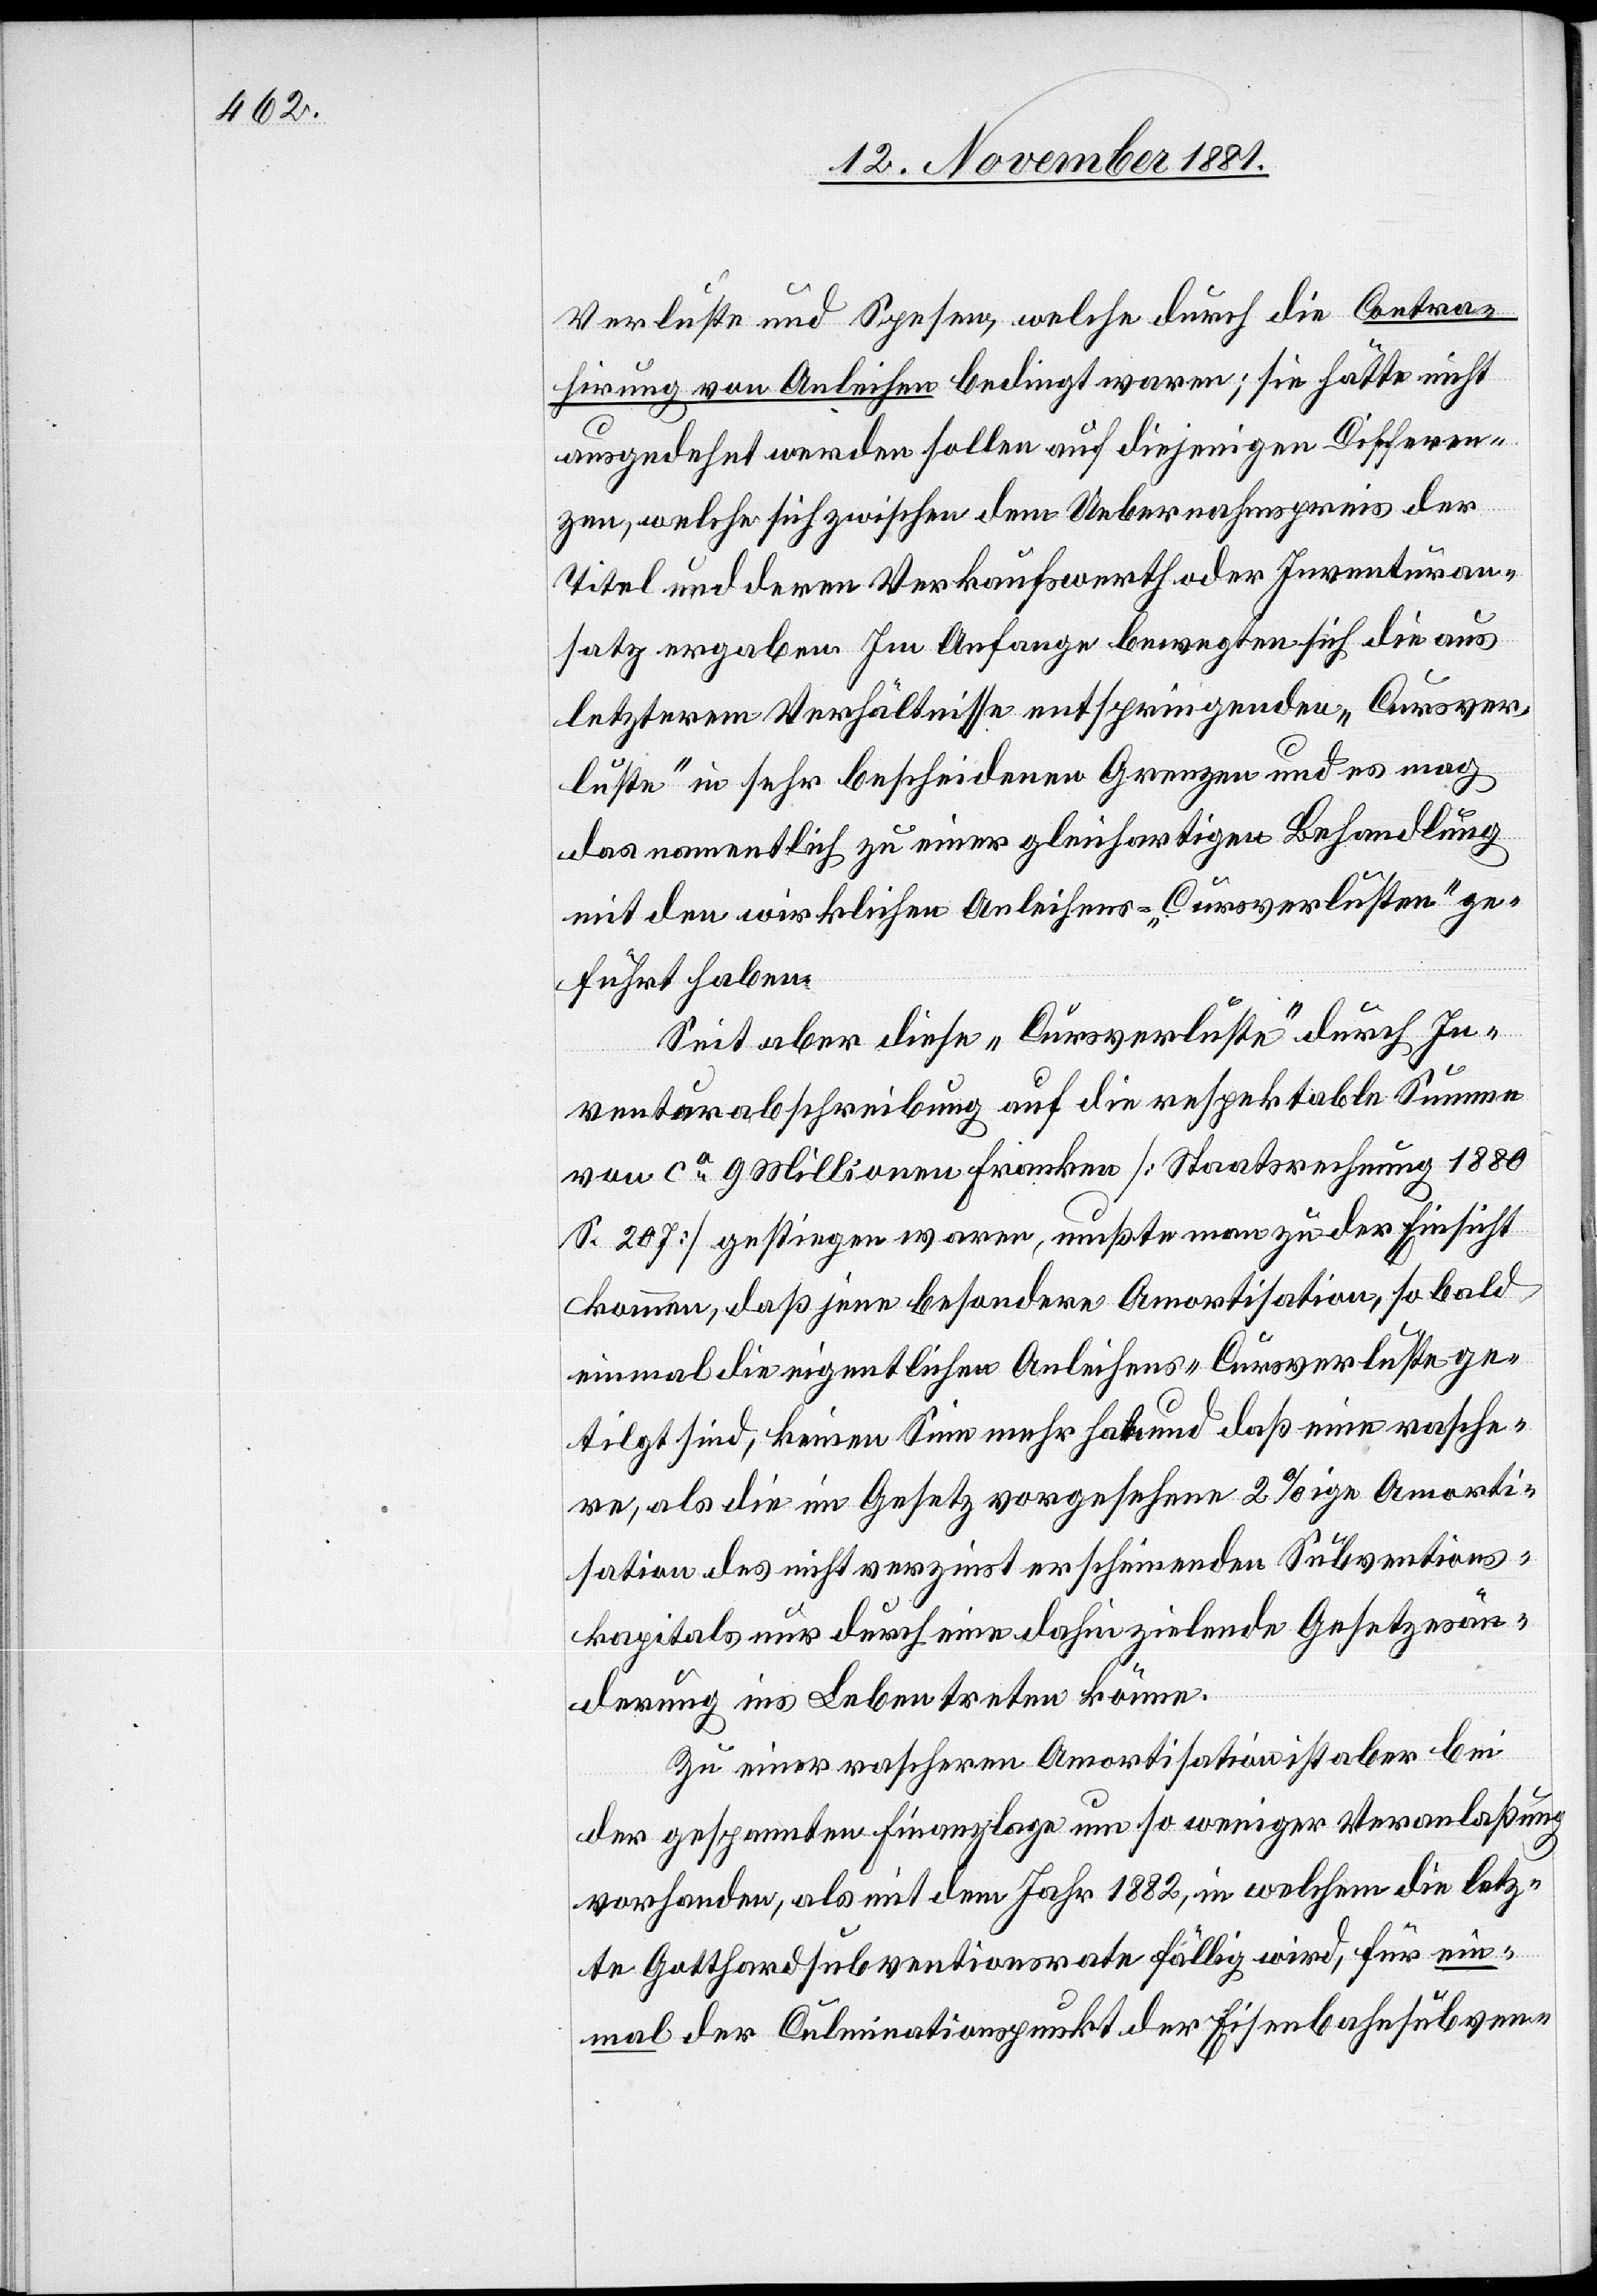
Verluste und Spesen, welche durch die Contra¬
hierung von Anleihen bedingt waren; sie hätte nicht
ausgedehnt werden sollen auf diejenigen Differen¬
zen, welche sich zwischen dem Uebernahmspreis der
Titel und deren Verkaufswerth oder Inventuran¬
satz ergaben. Im Anfange bewegten sich die aus
letzterem Verhältnisse entspringenden „Cursver¬
luste“ in sehr bescheidenen Grenzen und es mag
das namentlich zu einer gleichartigen Behandlung
mit den wirklichen Anleihens-„Cursverlusten“ ge¬
führt haben.
Seit aber diese „Cursverluste“ durch In¬
venturabschreibung auf die respektable Summe
von ca 9 Millionen Franken [Staatsrechnung 1880
S. 207] gestiegen waren, mußte man zu der Einsicht
kommen, daß jene besondere Amortisation, so bald
einmal die eigentlichen Anleihens-Cursverluste ge¬
tilgt sind, keinen Sinn mehr hat und daß eine rasche¬
re, als die im Gesetz vorgesehene 2% ige Amorti¬
sation des nicht verzinst erscheinenden Subventions¬
kapitals nur durch eine dahin zielende Gesetzesän¬
derung ins Leben treten könne.
Zu einer raschern Amortisation ist aber bei
der gespannten Finanzlage um so weniger Veranlaßung
vorhanden, als mit dem Jahr 1882, in welchem die letz¬
te Gotthardsubventionsrate fällig wird, für ein¬
mal der Culminationspunkt der Eisenbahnsubven-